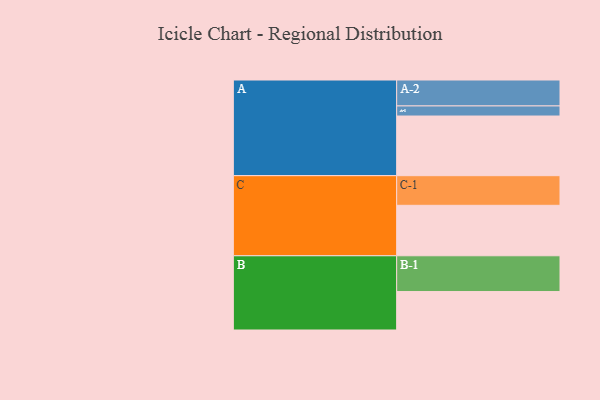
{"axis": {"x": "Segment", "y": "Value"}, "legend": ["", "A", "B", "C"], "data": [{"x": "A", "y": 467, "type": ""}, {"x": "B", "y": 301, "type": ""}, {"x": "C", "y": 395, "type": ""}, {"x": "A-1", "y": 79, "type": "A"}, {"x": "A-2", "y": 203, "type": "A"}, {"x": "B-1", "y": 280, "type": "B"}, {"x": "C-1", "y": 232, "type": "C"}]}